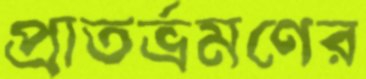
প্রাতর্ভ্রমণের